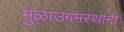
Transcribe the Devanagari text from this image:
मुळाउगमस्थानी